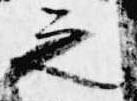
之